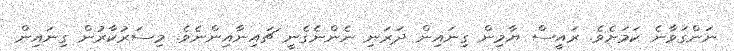
ނަންގަވާނެ ކަމަށެވެ. ރައީސް ޔާމިން ގިނައިން ދަރަނި ނެންނެގެނީ ޗައިނާއިންނެވެ. މިސަރުކާރުން ގިނައިން